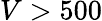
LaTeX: V>500